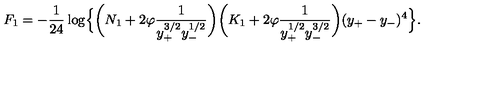
F _ { 1 } = - \frac { 1 } { 2 4 } \log \Bigl \{ \biggl ( N _ { 1 } + 2 \varphi \frac { 1 } { y _ { + } ^ { 3 / 2 } y _ { - } ^ { 1 / 2 } } \biggr ) \biggl ( K _ { 1 } + 2 \varphi \frac { 1 } { y _ { + } ^ { 1 / 2 } y _ { - } ^ { 3 / 2 } } \biggr ) ( y _ { + } - y _ { - } ) ^ { 4 } \Bigr \} .